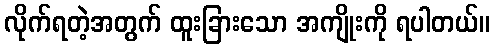
လိုက်ရတဲ့အတွက် ထူးခြားသော အကျိုးကို ရပါတယ်။